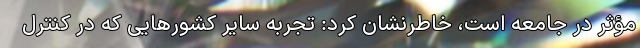
مؤثر در جامعه است، خاطرنشان کرد: تجربه سایر کشورهایی که در کنترل